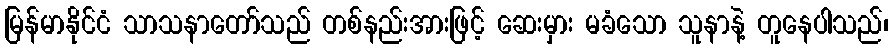
မြန်မာနိုင်ငံ သာသနာတော်သည် တစ်နည်းအားဖြင့် ဆေးမှား မခံသော သူနာနဲ့ တူနေပါသည်၊